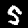
Label: 5